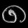
Digit: ၈